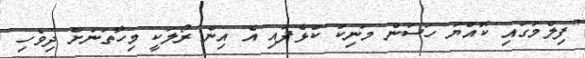
"ފިލްމުގައި ކޮއްޔަ ހަސަން މަނިކު ކުޅެފައި އެ އިން ރޯލަކީ މިހާތަނަށް ދިވެހި